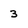
Character: 3